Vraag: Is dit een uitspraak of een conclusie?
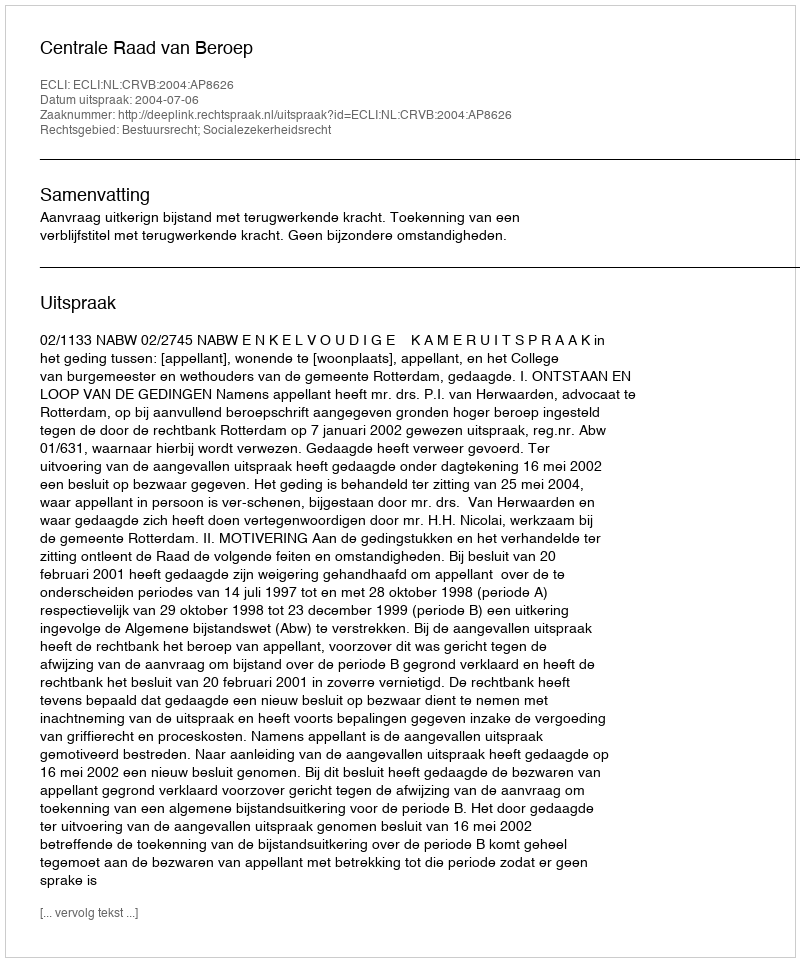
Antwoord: Uitspraak